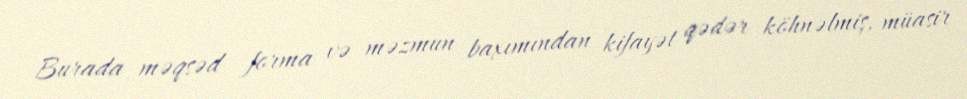
Burada məqsəd forma və məzmun baxımından kifayət qədər köhnəlmiş, müasir